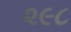
૨૯૮